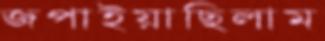
জপাইয়াছিলাম